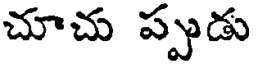
చూచు ప్పుడు